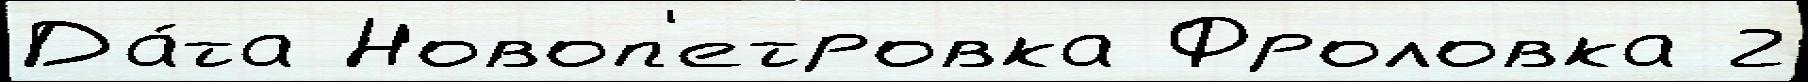
Да́та Новоп'етровка Фроловка 2